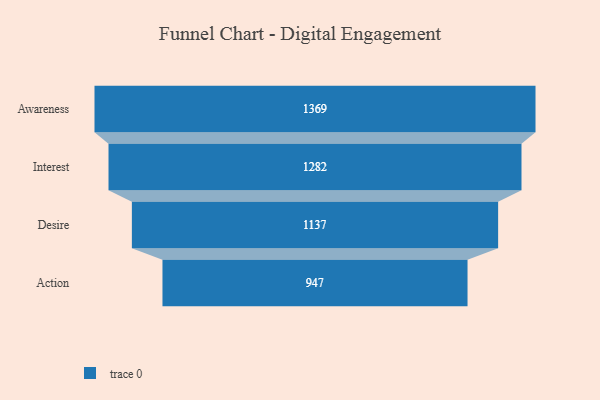
{"axis": {"x": "Stage", "y": "Value"}, "legend": [""], "data": [{"x": "Awareness", "y": 1369.0, "type": ""}, {"x": "Interest", "y": 1282.0, "type": ""}, {"x": "Desire", "y": 1137.0, "type": ""}, {"x": "Action", "y": 947.0, "type": ""}]}